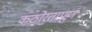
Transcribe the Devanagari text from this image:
कठोरतापूर्ण